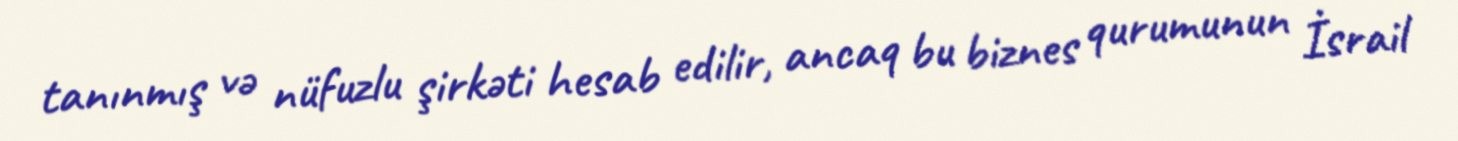
tanınmış və nüfuzlu şirkəti hesab edilir, ancaq bu biznes qurumunun İsrail